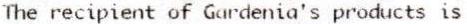
THE RECIPIENT OF GARDENIA'S PRODUCTS IS